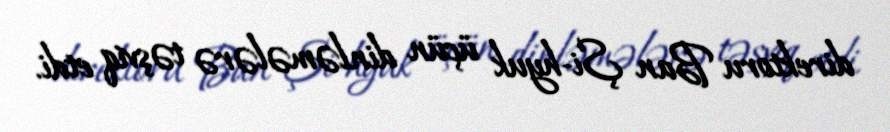
direktoru Ban Şi-hyuk üçün dinləmələrə təşviq etdi.